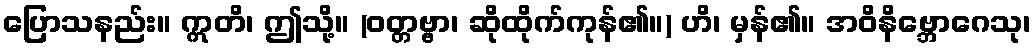
ပြောသနည်း။ ဣတိ၊ ဤသို့။ (ဝတ္တဗ္ဗာ၊ ဆိုထိုက်ကုန်၏။) ဟိ၊ မှန်၏။ အဝိနိဗ္ဘောဂေသု၊